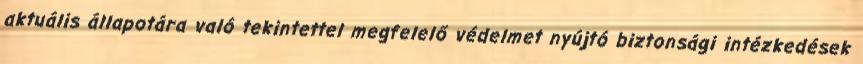
aktuális állapotára való tekintettel megfelelő védelmet nyújtó biztonsági intézkedések